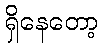
ရှိနေတော့